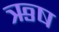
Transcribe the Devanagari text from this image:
ऋष